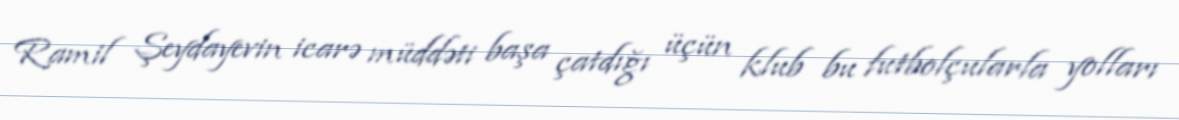
Ramil Şeydayevin icarə müddəti başa çatdığı üçün klub bu futbolçularla yolları